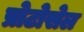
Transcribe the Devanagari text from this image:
प्रोटोसेल